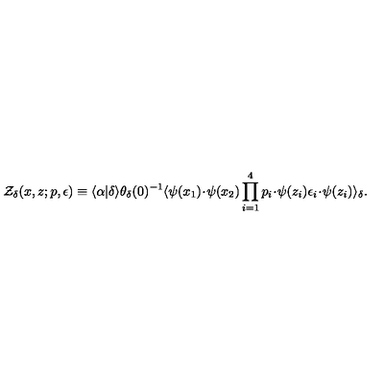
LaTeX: { \cal Z } _ { \delta } ( x , z ; p , \epsilon ) \equiv \langle \alpha | \delta \rangle \theta _ { \delta } ( 0 ) ^ { - 1 } \langle \psi ( x _ { 1 } ) \! \cdot \! \psi ( x _ { 2 } ) \prod _ { i = 1 } ^ { 4 } p _ { i } \! \cdot \! \psi ( z _ { i } ) \epsilon _ { i } \! \cdot \! \psi ( z _ { i } ) \rangle _ { \delta } .